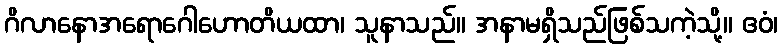
ဂိလာနောအရောဂေါဟောတိယထာ၊ သူနာသည်။ အနာမရှိသည်ဖြစ်သကဲ့သို့။ ဧဝံ၊